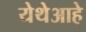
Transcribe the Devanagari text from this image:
येथेआहे